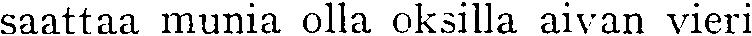
saattaa munia olla oksilla aivan vieri